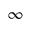
\infty